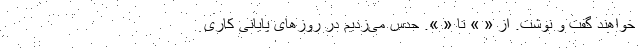
خواهند گفت و نوشت. از « » تا « ». حدس می‌زدیم در روزهای پایانی کاری